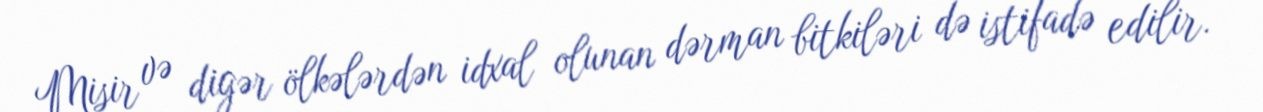
Misir və digər ölkələrdən idxal olunan dərman bitkiləri də istifadə edilir.